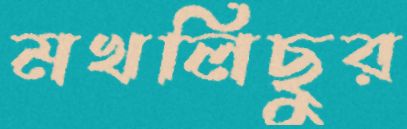
মখলিছুর